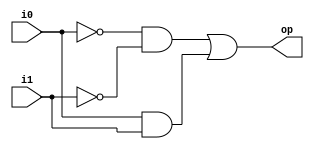
module xnoralu
   (
    input wire i0, i1,
    output wire op
   );

   wire p0, p1;

   assign op = p0 | p1;   // op = A'b' + AB -------logic for xnor 
   assign p0 = ~i0 & ~i1;
   assign p1 = i0 & i1;

endmodule